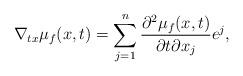
LaTeX: \begin{align*} \nabla_{tx}\mu_f(x,t)= \sum_{j=1}^n \dfrac{\partial^2 \mu_f(x,t)}{\partial t \partial x_j} e^j,\end{align*}